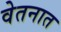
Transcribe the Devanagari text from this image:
वेतनात